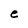
Character: e